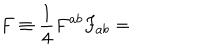
F \equiv \frac { 1 } { 4 } F ^ { a b } F _ { a b } =